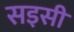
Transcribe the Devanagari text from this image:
सइसी